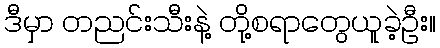
ဒီမှာ တညင်းသီးနဲ့ တို့စရာတွေယူခဲ့ဦး။